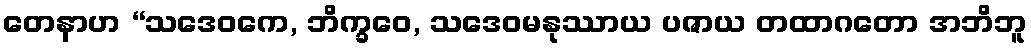
တေနာဟ “သဒေဝကေ, ဘိက္ခဝေ, သဒေဝမနုဿာယ ပဇာယ တထာဂတော အဘိဘူ